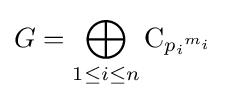
G=\bigoplus _{1\leq i\leq n}\mathrm {C} _{{p_{i}}^{m_{i}}}